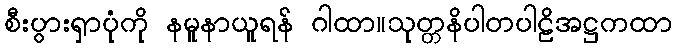
စီးပွားရှာပုံကို နမူနာယူရန် ဂါထာ။သုတ္တနိပါတပါဠိအဋ္ဌကထာ